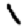
Digit: 1